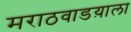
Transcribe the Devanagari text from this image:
मराठवाडय़ाला